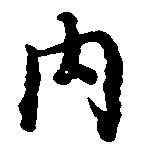
内